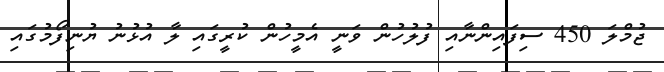
ޖުމްލަ 450 ސިފައިންނާއި ފުލުުހުން ވަނީ އެމީހުން ކުރީގައި ލާ އުޅުނު ޔުނިފޯމުގައި